Insane asylums in Bengal annual reports 1876-1887 - 1876-1887
Year: 1876
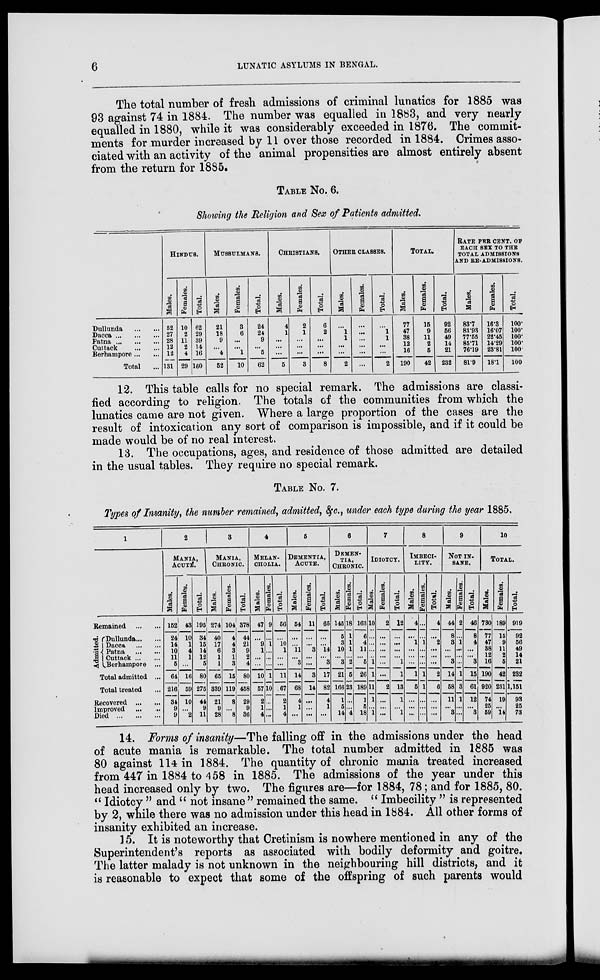
6
LUNATIC ASYLUMS IN BENGAL.
The total number of fresh admissions of criminal lunatics for 1885 was
93 against 74 in 1884. The number was equalled in 1883, and very nearly
equalled in 1880, while it was considerably exceeded in 1876. The commit-
ments for murder increased by 11 over those recorded in 1884. Crimes asso-
ciated with an activity of the animal propensities are almost entirely absent
from the return for 1885.
TABLE No. 6.
Showing the Religion and Sex of Patients admitted.
Dullunda ... ...
Dacca ... ... ...
Patna ... ... ...
Cuttack ... ...
Berhampore ... ...
Total ...
HINDUS.
Males.
52
27
28
12
12
131
Females.
10
2
11
2
4
29
Total.
62
29
39
14
16
160
MUSSULMANS.
Males.
21
18
9
...
4
52
Females.
3
6
...
...
1
10
Total.
24
24
9
...
5
62
CHRISTIANS.
Males.
4
1
...
...
...
5
Females.
2
1
...
...
...
3
Total.
6
2
...
...
...
8
OTHER CLASSES.
Males.
...
1
1
...
...
2
Females.
...
...
...
...
...
...
Total.
...
1
1
...
...
2
TOTAL.
Males.
77
47
38
12
16
190
Females.
15
9
11
2
5
42
Total.
92
56
49
14
21
232
RATE PER CENT. OF
EACH SEX TO THE
TOTAL ADMISSIONS
AND RE-ADMISSIONS.
Males.
83.7
83.93
77.55
85.71
76.19
81.9
Females.
16.3
16.07
22.45
14.29
23.81
18.1
Total.
100.
100.
100.
100.
100.
100
12. This table calls for no special remark. The admissions are classi-
fied according to religion. The totals of the communities from which the
lunatics came are not given. Where a large proportion of the cases are the
result of intoxication any sort of comparison is impossible, and if it could be
made would be of no real interest.
13. The occupations, ages, and residence of those admitted are detailed
in the usual tables. They require no special remark.
TABLE No. 7.
Types of Insanity, the number remained, admitted, &c., under each type during the year 1885.
1
Remained ... ...
Admitted.
Dullunda ... ...
Dacca ... ...
Patna ... ...
Cuttack ... ...
Berhampore ...
Total admitted ...
Total treated ...
Recovered ... ...
Improved
... ...
Died ... ... ...
2
MANIA,
ACUTE.
Males.
152
24
14
10
11
5
64
216
34
9
9
Females.
43
10
1
4
1
...
16
59
10
...
2
Total.
195
34
15
14
12
5
80
275
44
9
11
3
MANIA,
CHRONIC.
Males.
274
40
17
6
1
1
65
339
21
9
28
Females.
104
4
4
3
1
3
15
119
8
...
8
Total.
378
44
21
9
2
4
80
458
29
9
36
4
MELAN-
------.
Males.
47
...
9
1
...
...
10
57
2
1
4
Females.
9
...
1
...
...
...
1
10
...
...
...
Total.
56
...
10
1
...
...
11
67
2
1
4
5
DEMENTIA,
ACUTE.
Males.
54
...
...
11
...
3
14
68
4
1
...
Females.
11
...
...
3
...
...
3
14
...
...
...
Total.
65
...
...
14
...
3
17
82
4
1
...
6
DEMEN-
----
CHRONIC.
Males.
145
5
3
10
...
3
21
166
1
5
14
Females.
18
1
1
1
...
2
5
23
...
...
4
Total.
163
6
4
11
...
5
26
189
1
5
18
7
IDIOTCY.
Males.
10
...
...
...
..
1
1
11
1
...
1
Females.
2
...
...
...
...
...
...
2
...
...
...
Total.
12
...
...
...
...
1
1
13
1
...
1
8
IMBECI-
-----
Males.
4
...
1
...
...
...
1
5
...
...
...
Females.
...
...
1
...
...
...
1
1
...
...
...
Total.
4
...
2
...
...
...
2
6
...
...
...
9
NOT IN-
-----
Males.
44
8
3
...
...
3
14
58
11
...
3
Females.
2
...
1
...
...
...
1
3
1
...
...
Total.
46
8
4
...
...
3
15
61
12
...
3
10
TOTAL.
Males.
730
77
47
38
12
16
190
920
74
25
59
Females.
189
15
9
11
2
5
42
231
19
...
14
Total.
919
92
56
49
14
21
232
1,151
93
25
73
14. Forms of insanity—The falling off in the admissions under the head
of acute mania is remarkable. The total number admitted in 1885 was
80 against 114 in 1884. The quantity of chronic mania treated increased
from 447 in 1884 to 458 in 1885. The admissions of the year under this
head increased only by two. The figures are—for 1884, 78; and for 1885, 80.
" Idiotcy " and " not insane " remained the same. " Imbecility " is represented
by 2, while there was no admission under this head in 1884. All other forms of
insanity exhibited an increase.
15. It is noteworthy that Cretinism is nowhere mentioned in any of the
Superintendent's reports as associated with bodily deformity and goitre.
The latter malady is not unknown in the neighbouring hill districts, and it
is reasonable to expect that some of the offspring of such parents would